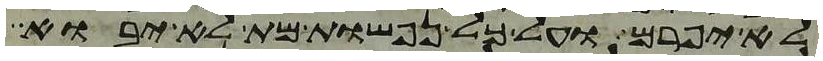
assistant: לא יפרם ועל כל נפשות מת לא יבוא